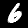
Label: 6